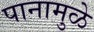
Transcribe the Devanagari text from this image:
पानामुळे